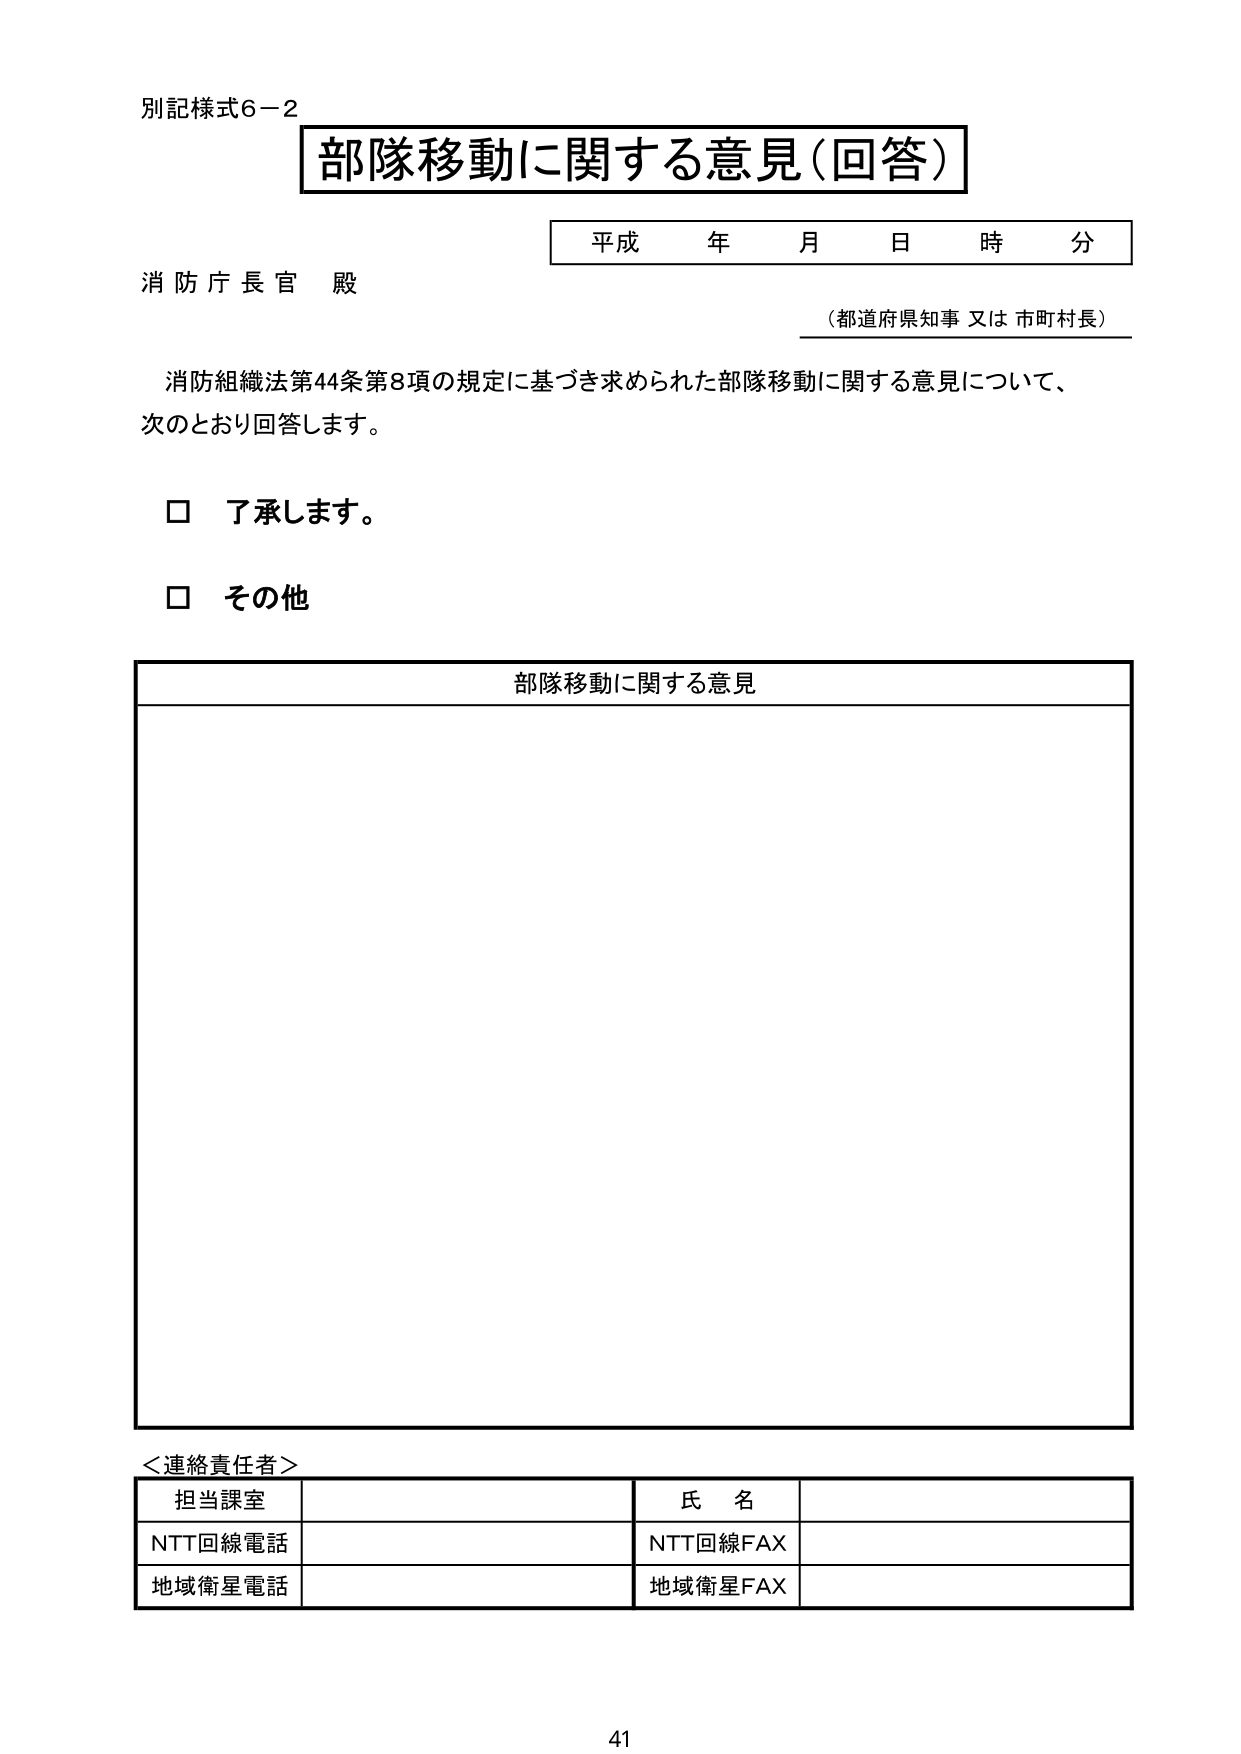
別記様式6－2
部隊移動に関する意見（回答）
平成 年 月 日 時 分
消防庁長官 殿
（都道府県知事 又は 市町村長）
消防組織法第44条第8項の規定に基づき求められた部隊移動に関する意見について、
次のとおり回答します。
□ 了承します。
□ その他
部隊移動に関する意見
＜連絡責任者＞
担当課室 氏名
NTT回線電話 NTT回線FAX
地域衛星電話 地域衛星FAX
41